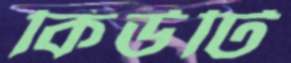
কিউটি